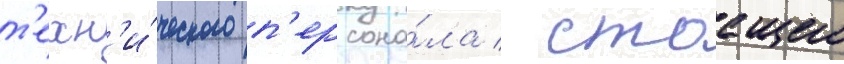
т'ехн'и́ческого п'ерсона́ла / стоащего